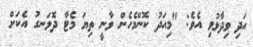
އަދި ވިދާޅުވި އެވެ: "މިއަދު ކޮންމެހެން ވާނީ ތިޔަ މެޓާ ދޮލަނގު އެކަށް